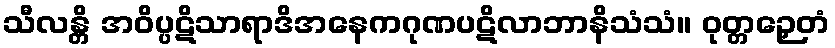
သီလန္တိ အဝိပ္ပဋိသာရာဒိအနေကဂုဏပဋိလာဘာနိသံသံ။ ဝုတ္တဉှေတံ